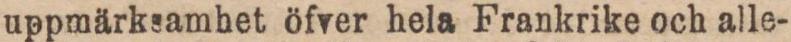
uppmärksamhet öfver hela Frankrike och alle-